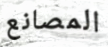
المصانع